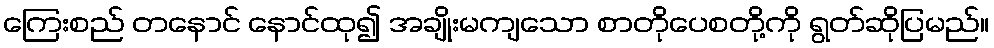
ကြေးစည် တနောင် နောင်ထု၍ အချိုးမကျသော စာတိုပေစတို့ကို ရွတ်ဆိုပြမည်။